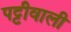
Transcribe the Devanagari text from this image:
पट्टीवाली